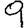
Digit: 9